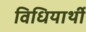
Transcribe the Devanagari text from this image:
विधियार्थी